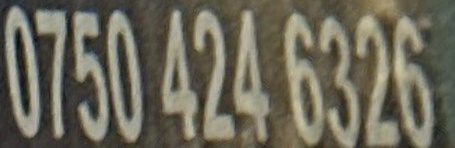
0750 424 6326